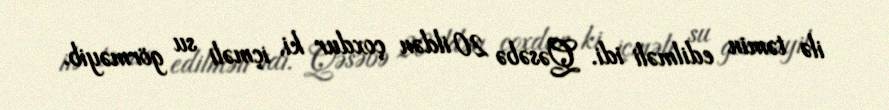
ilə təmin edilməli idi. Qəsəbə 20 ildən çoxdur ki, içməli su görməyib.